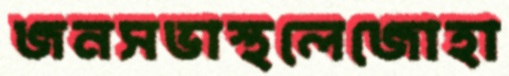
জনসভাস্থলেজোহা